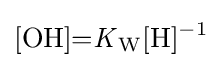
{[\mathrm {OH} ]{=}{\mathit {K}}{\vphantom {A}}_{\smash[{t}]{\mathrm {W} }}[\mathrm {H} ]{\vphantom {A}}^{-1}}